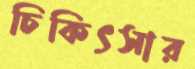
চিকিৎসার